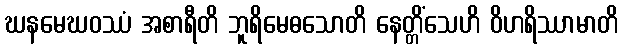
ဃနမေဃဝဿံ အစာရီတိ ဘူရိမေဓသောတိ နေတ္တိံသေဟိ ဝိဟရိဿာမာတိ